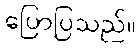
ပြောပြသည်။